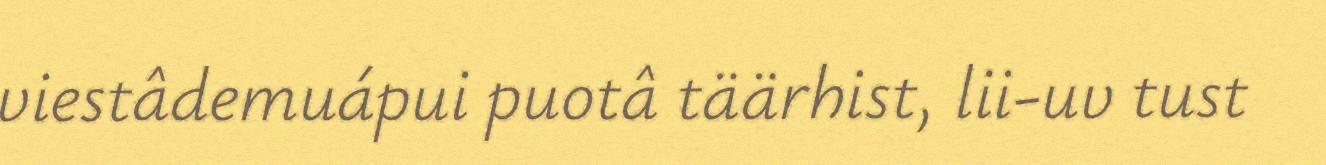
viestâdemuápui puotâ täärhist, lii-uv tust